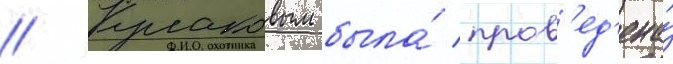
// Кулаковым была́ пров'ед'ена́